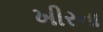
ખીરના